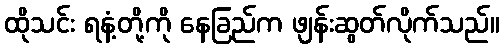
ထိုသင်း ရနံ့တို့ကို နေခြည်က ဖျန်းဆွတ်လိုက်သည်။